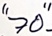
Text: "70"